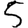
Digit: 5